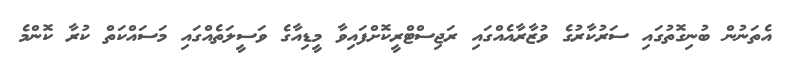
އެތަނުން ބުނިގޮތުގައި ސަރުކާރުގެ ވުޒާރާއެއްގައި ރަޖިސްޓްރީކޮށްފައިވާ މީޑިއާގެ ވަސީލަތެއްގައި މަސައްކަތް ކުރާ ކޮންމެ